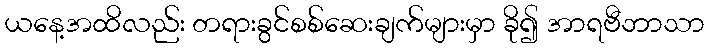
ယနေ့အထိလည်း တရားခွင်စစ်ဆေးချက်များမှာ ခို၍ အာရဗီဘာသာ